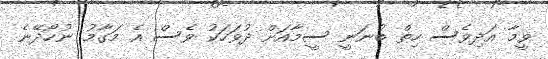
ވީމާ އަދިވެސް ހިތް ބުނަނީ ސީމާއަށް ދުވަހަކު ވެސް އެ މަގާމު ނުހޯދޭނެ